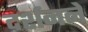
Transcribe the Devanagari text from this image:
दर्शनने